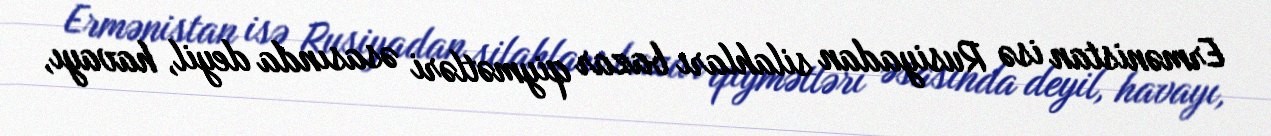
Ermənistan isə Rusiyadan silahları bazar qiymətləri əsasında deyil, havayı,